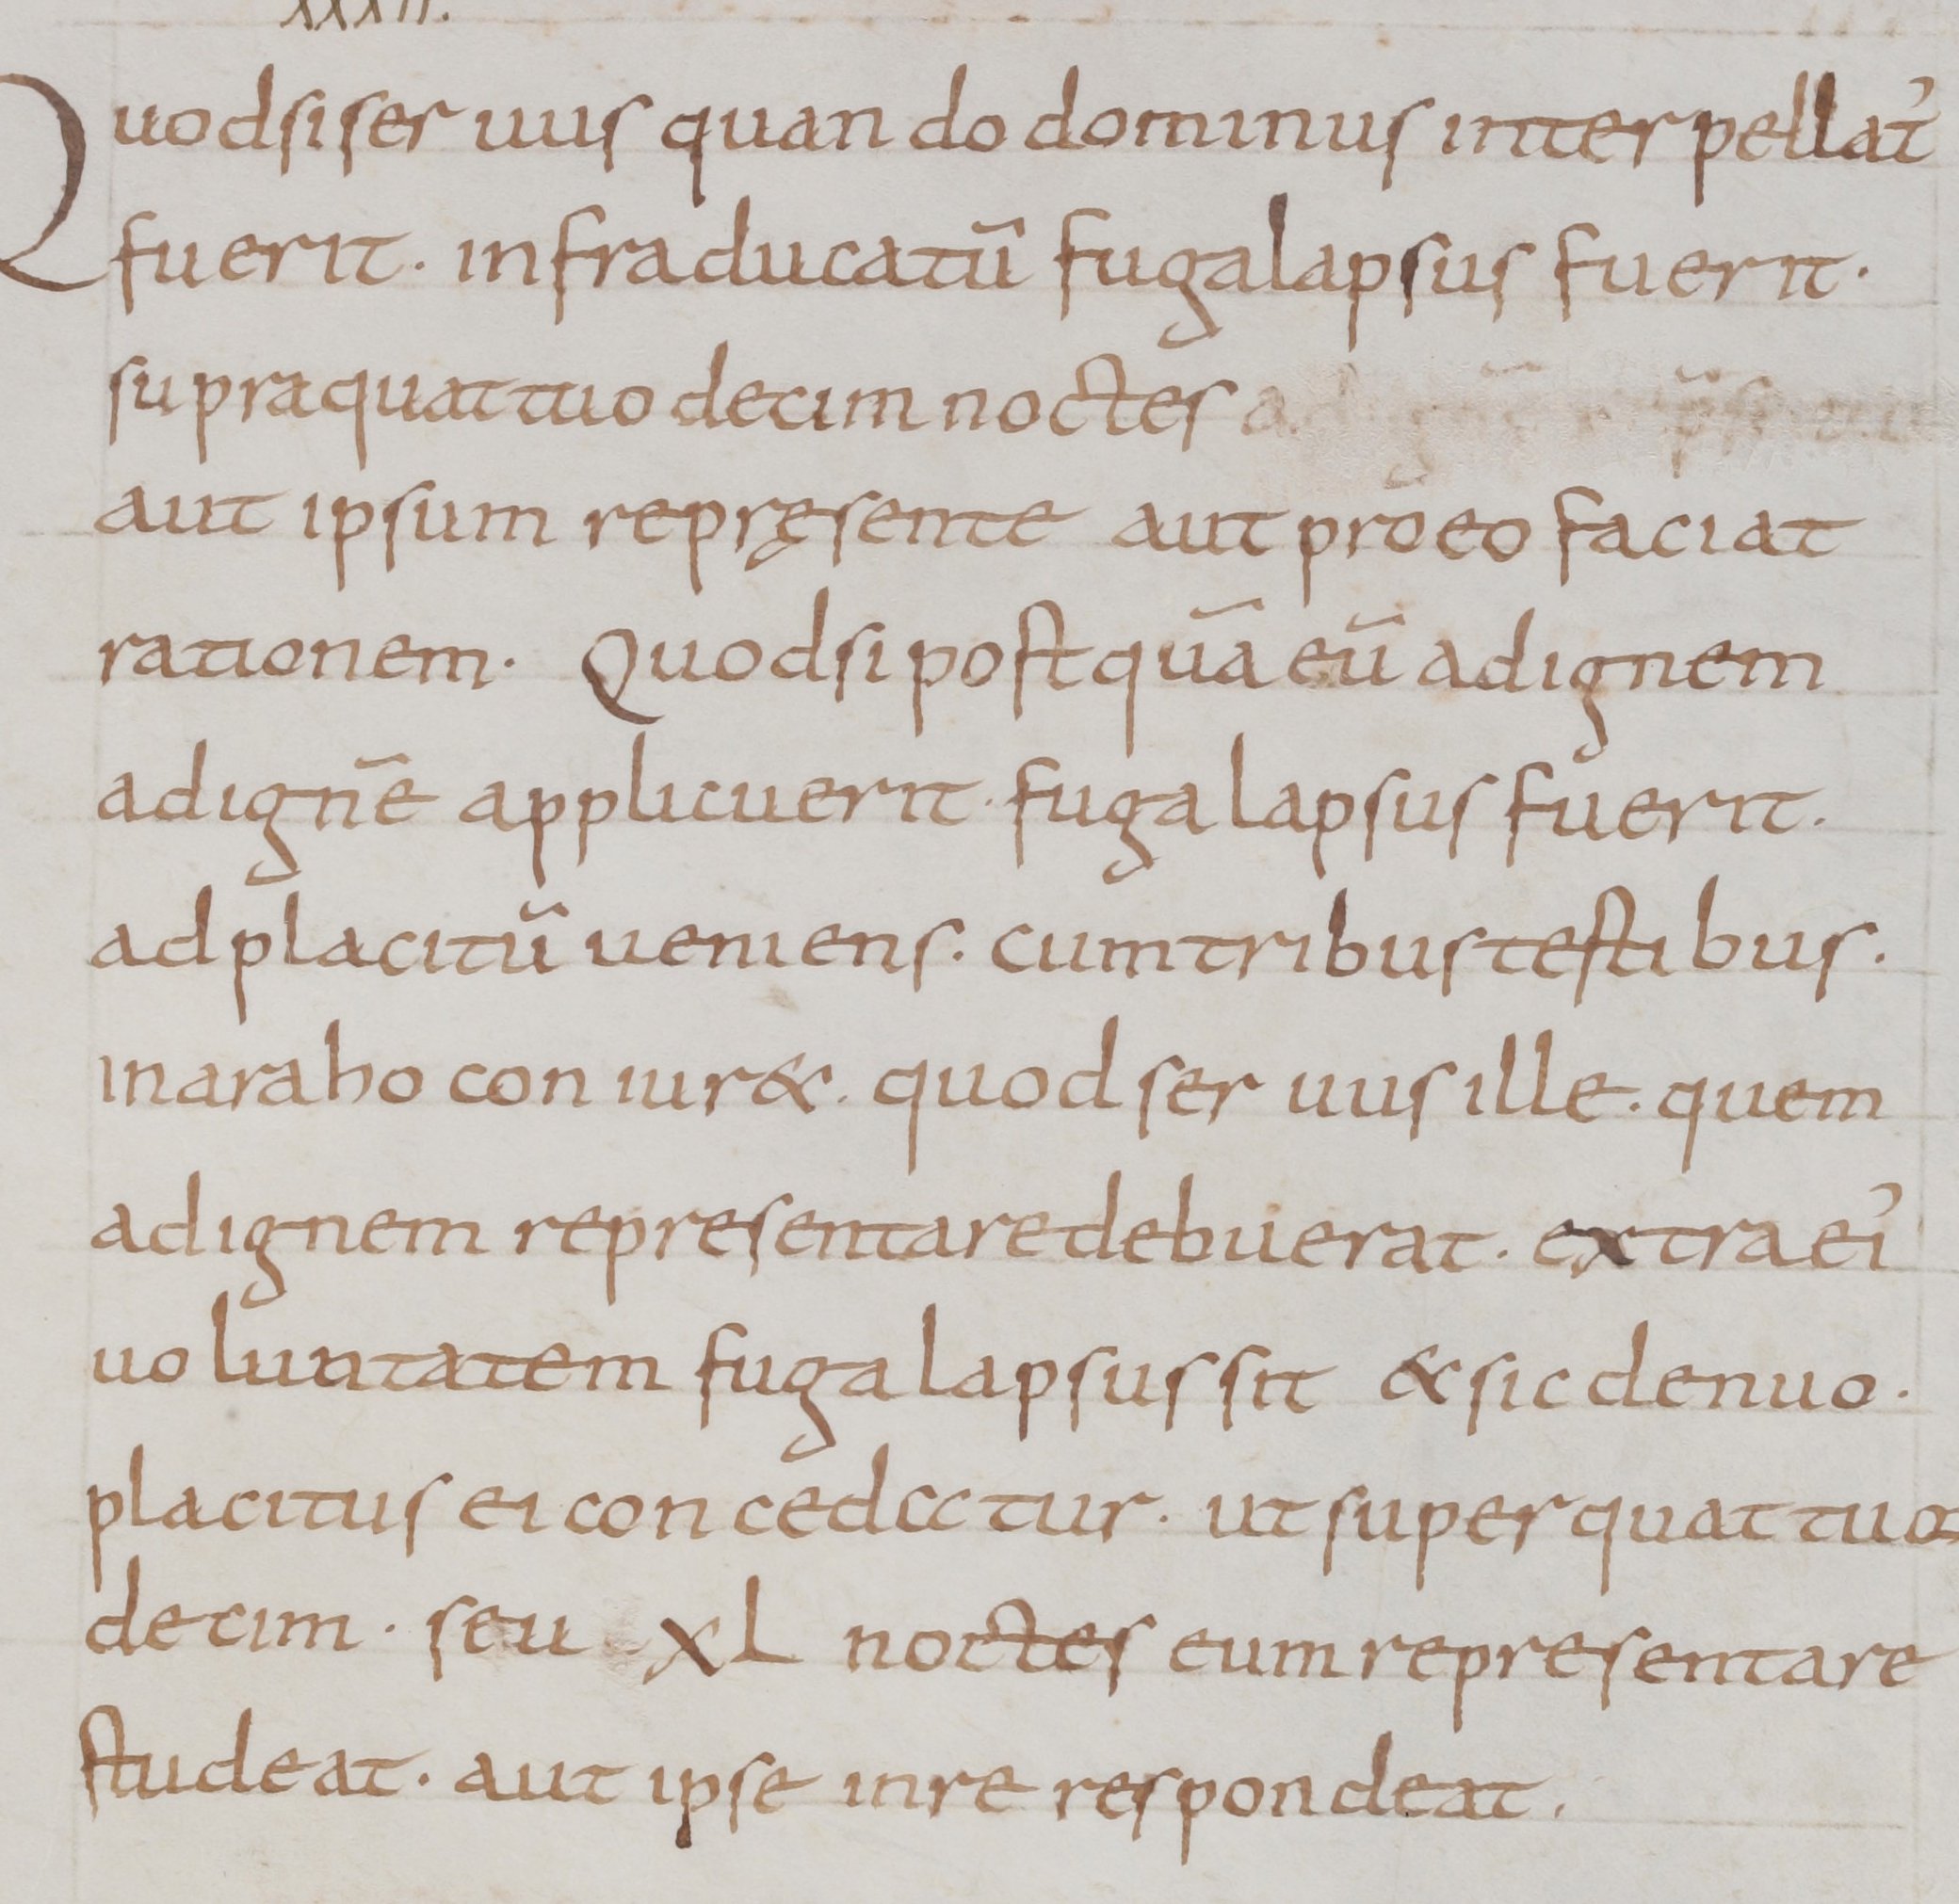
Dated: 800–899